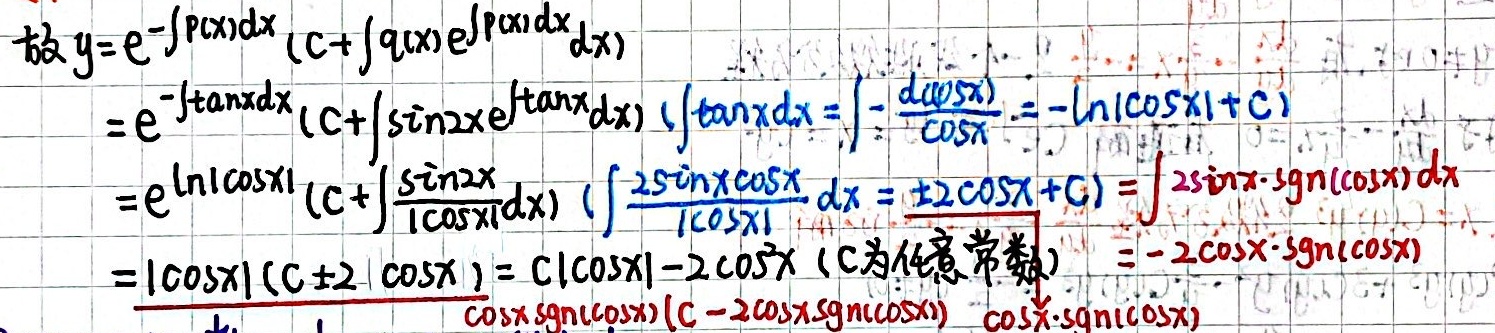
故 \(y = e^{-\int P(x)dx}(C+\int q(x)e^{\int P(x)dx}dx)\)
\(=e^{-\int\tan xdx}(C+\int\sin 2x e^{\int\tan xdx}dx)\) \((\int\tan xdx=\int-\frac{d(\cos x)}{\cos x}=-\ln|\cos x|+C)\)
\(=e^{\ln|\cos x|}(C+\int\frac{\sin 2x}{|\cos x|}dx)\) \((\int\frac{2\sin x\cos x}{|\cos x|}dx=\pm 2\cos x + C)=\int 2\sin x\cdot\mathrm{sgn}(\cos x)dx\)
\(=|\cos x|(C\pm 2|\cos x|)=C|\cos x|-2\cos^{2}x\) (C为任意常数) \(=- 2\cos x\cdot\mathrm{sgn}(\cos x)\)
\(\cos x\mathrm{sgn}(\cos x)(C - 2\cos x\mathrm{sgn}(\cos x))\) \(\cos x\cdot\mathrm{sgn}(\cos x)\)